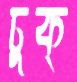
ঢুক্‌